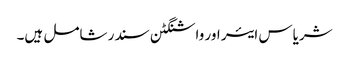
شریاس ایئر اور واشنگٹن سندر شامل ہیں۔